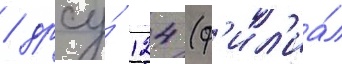
/ дрсу́ 124 (ф'ил'иа́л